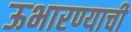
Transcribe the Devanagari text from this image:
ऊभारण्याची